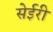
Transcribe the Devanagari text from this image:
सेईरी